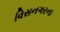
વિસનગરના